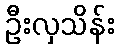
ဦးလှသိန်း